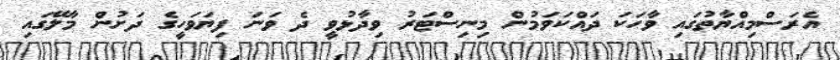
އެރަސްމިއްޔާތުގައި ވާހަކަ ދައްކަވަމުން މިނިސްޓަރު ވިދާޅުވީ ދެ ވަނަ ފިޔަވަހީގެ ދަށުން މާލޭގައި